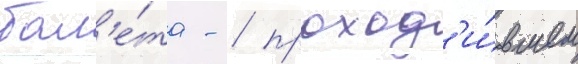
бал'е́та - / проход'и́вшем